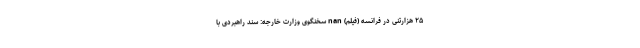
۲۵ هزارتنی در فرانسه (فیلم) nan سخنگوی وزارت خارجه: سند راهبردی با